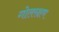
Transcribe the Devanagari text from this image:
गोलरक्षण